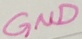
Text: GND